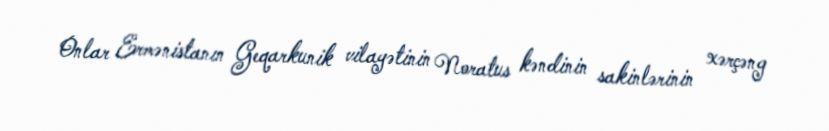
Onlar Ermənistanın Geqarkunik vilayətinin Noratus kəndinin sakinlərinin xərçəng